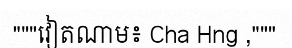
"""វៀតណាម៖ Cha Hng ,"""